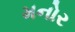
મનોર